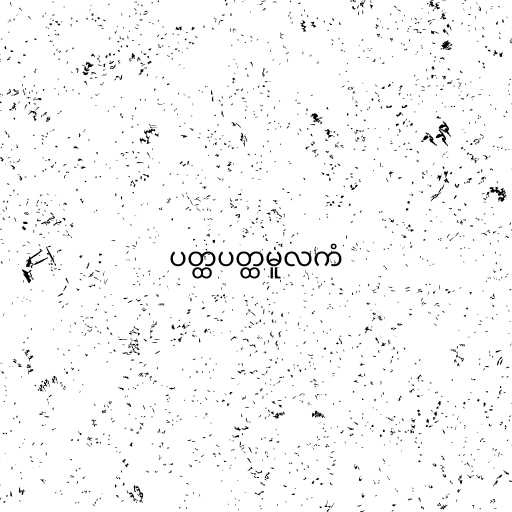
ပတ္ထပတ္ထမူလကံ